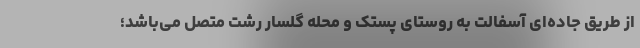
از طریق جاده‌ای آسفالت به روستای پستک و محله گلسار رشت متصل می‌باشد؛